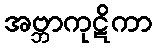
အဗ္ဘာကုဋိကာ